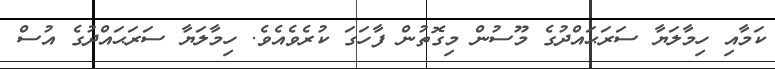
ކަމާއި ހިމާލަޔާ ސަރަޙައްދުގެ މޫސުން މިގޮތުން ފާހަގަ ކުރެވެއެވެ. ހިމާލަޔާ ސަރަޙައްދުގެ އުސް